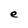
Character: e